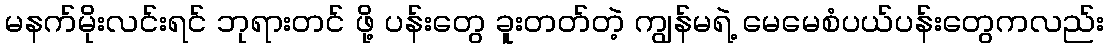
မနက်မိုးလင်းရင် ဘုရားတင် ဖို့ ပန်းတွေ ခူးတတ်တဲ့ ကျွန်မရဲ့ မေမေစံပယ်ပန်းတွေကလည်း